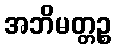
အဘိမတ္တဉ္စ